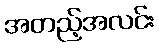
အတည့်အလင်း